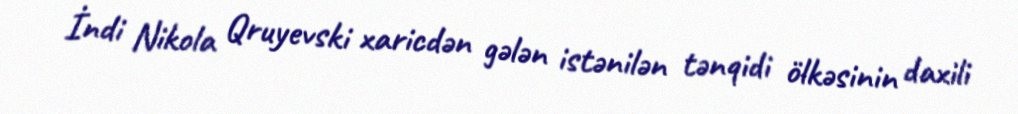
İndi Nikola Qruyevski xaricdən gələn istənilən tənqidi ölkəsinin daxili